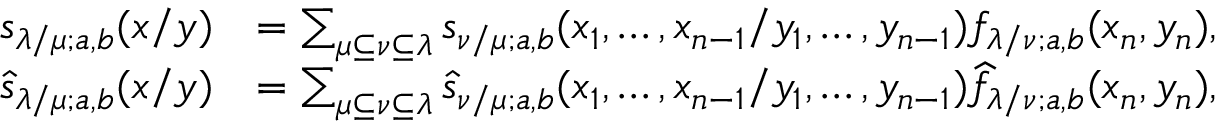
\begin{array} { r l } { s _ { \lambda / \mu ; a , b } ( x / y ) } & { = \sum _ { \mu \subseteq \nu \subseteq \lambda } s _ { \nu / \mu ; a , b } ( x _ { 1 } , \dots , x _ { n - 1 } / y _ { 1 } , \dots , y _ { n - 1 } ) f _ { \lambda / \nu ; a , b } ( x _ { n } , y _ { n } ) , } \\ { \widehat { s } _ { \lambda / \mu ; a , b } ( x / y ) } & { = \sum _ { \mu \subseteq \nu \subseteq \lambda } \widehat { s } _ { \nu / \mu ; a , b } ( x _ { 1 } , \dots , x _ { n - 1 } / y _ { 1 } , \dots , y _ { n - 1 } ) \widehat { f } _ { \lambda / \nu ; a , b } ( x _ { n } , y _ { n } ) , } \end{array}